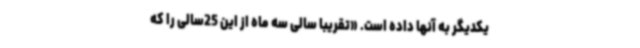
یکدیگر به آنها داده است. «تقریبا سالی سه‌ ماه از این 25سالی را که